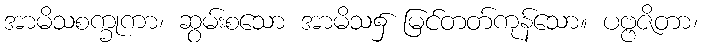
အာမိသစက္ခုကာ၊ ဆွမ်းစသော အာမိသ၌ မြင်တတ်ကုန်သော။ ပဗ္ဗဇိတာ၊